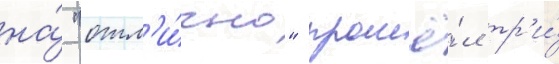
на́ "отл'и́чно" прошё́л тр'и́